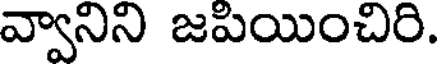
వ్వానిని జపియించిరి.